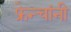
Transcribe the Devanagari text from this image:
फ्रेन्चांनी